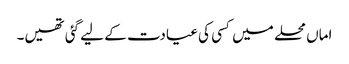
اماں محلے میں کسی کی عیادت کے لیے گئی تھیں۔